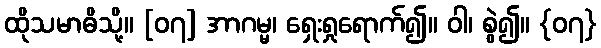
ထိုသမာဓိသို့။ [၀၇] အာဂမ္မ၊ ရှေးရှုရောက်၍။ ဝါ၊ စွဲ၍။ {၀၇}